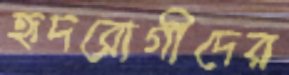
হৃদরোগীদের